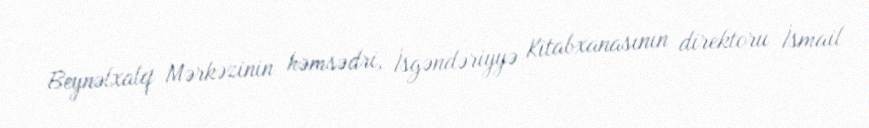
Beynəlxalq Mərkəzinin həmsədri, İsgəndəriyyə Kitabxanasının direktoru İsmail